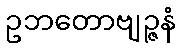
ဥဘတောဗျဉ္ဇနံ